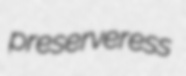
preserveress